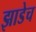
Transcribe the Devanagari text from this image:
झाडेच